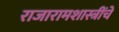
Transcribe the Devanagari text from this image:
राजारामशास्त्रींचे